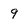
Character: 9